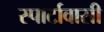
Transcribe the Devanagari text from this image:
स्पार्टावासी